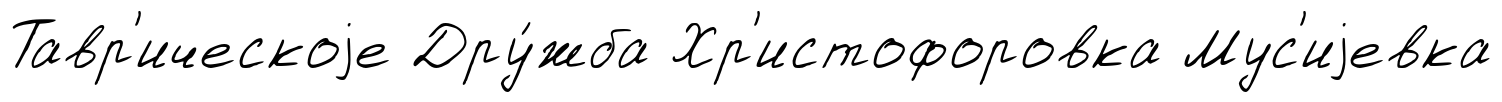
Тавр'ическоjе Дру́жба Хр'истофоровка Мус'иjевка